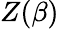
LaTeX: Z(\beta)